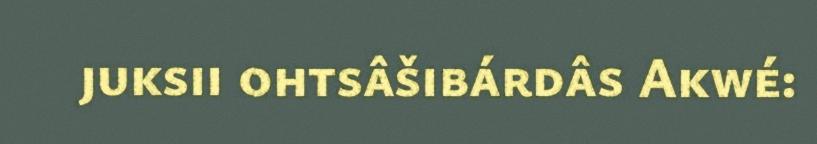
juksii ohtsâšibárdâs Akwé: